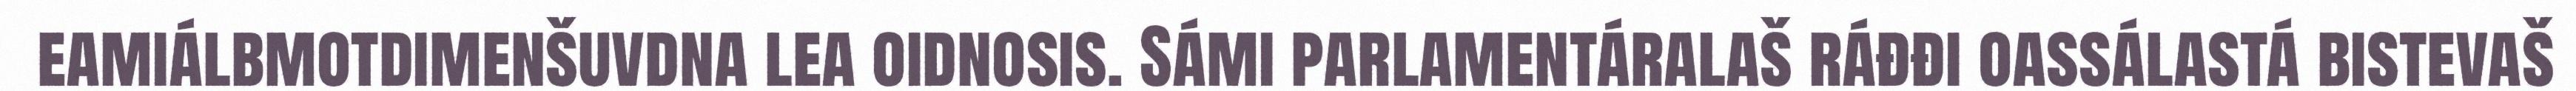
eamiálbmotdimenšuvdna lea oidnosis. Sámi parlamentáralaš ráđđi oassálastá bistevaš